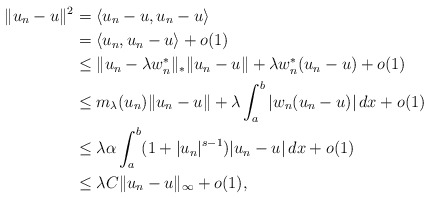
\begin{align*}\|u_n-u\|^2 &= \langle u_n-u,u_n-u\rangle \\&= \langle u_n, u_n-u\rangle +o(1) \\&\le \|u_n-\lambda w^*_n\|_*\|u_n-u\|+\lambda w^*_n(u_n-u)+o(1) \\&\le m_\lambda(u_n)\|u_n-u\|+\lambda\int_a^b |w_n(u_n-u)|\,dx+o(1) \\&\le \lambda\alpha\int_a^b(1+|u_n|^{s-1})|u_n-u|\,dx+o(1) \\&\le \lambda C\|u_n-u\|_\infty+o(1),\end{align*}